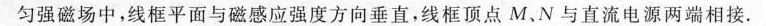
匀强磁场中，线框平面与磁感应强度方向垂直，线框顶点M、N与直流电源两端相接。